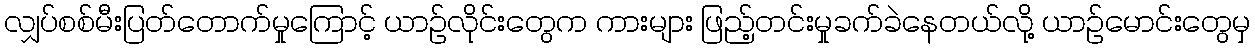
လျှပ်စစ်မီးပြတ်တောက်မှုကြောင့် ယာဉ်လိုင်းတွေက ကားများ ဖြည့်တင်းမှုခက်ခဲနေတယ်လို့ ယာဉ်မောင်းတွေမှ